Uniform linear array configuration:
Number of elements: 12
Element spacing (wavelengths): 0.75
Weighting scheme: uniform
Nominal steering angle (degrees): -60
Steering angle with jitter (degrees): -60.758
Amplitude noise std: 0.05
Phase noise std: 0.05

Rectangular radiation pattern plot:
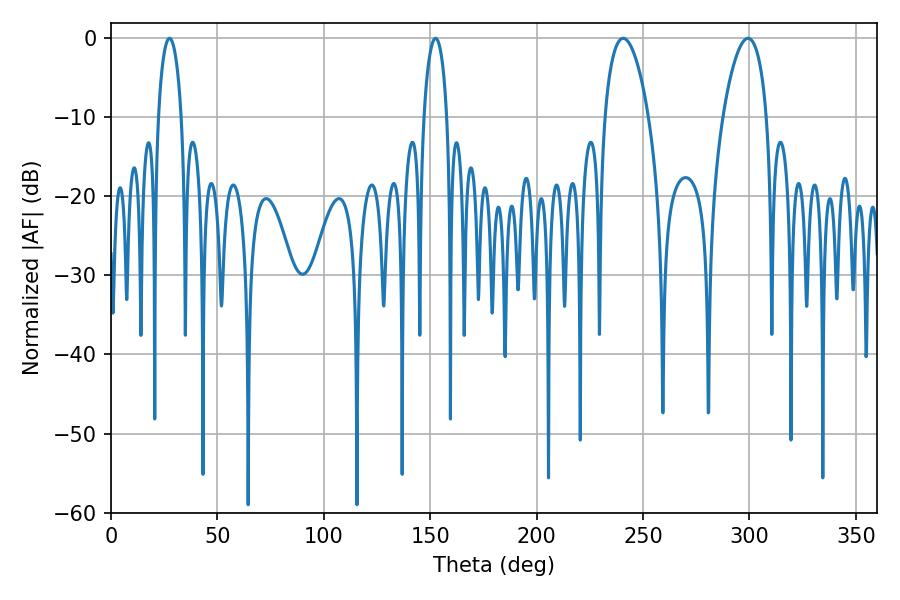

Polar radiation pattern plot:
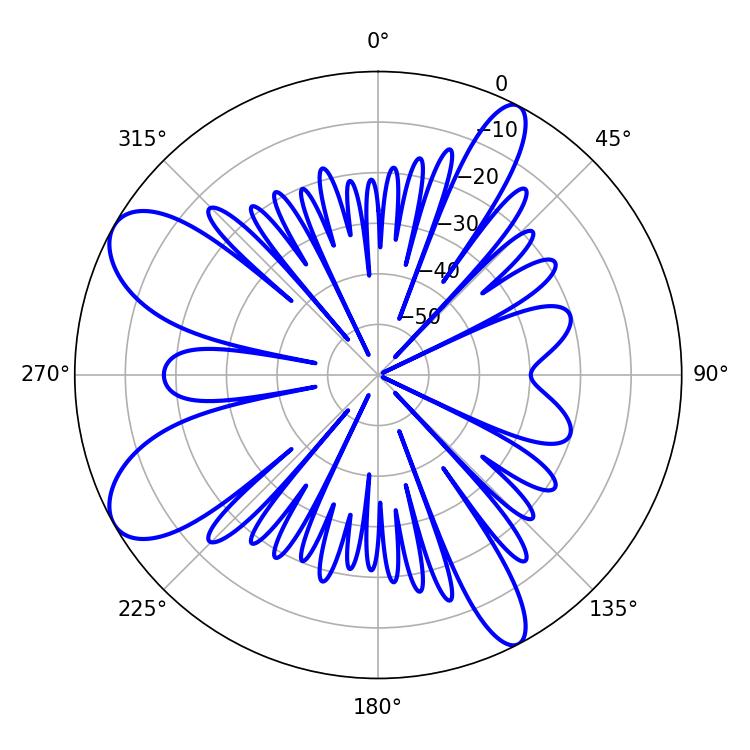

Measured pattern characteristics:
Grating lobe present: TRUE
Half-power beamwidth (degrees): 11.52
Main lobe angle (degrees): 240.66